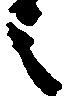
之